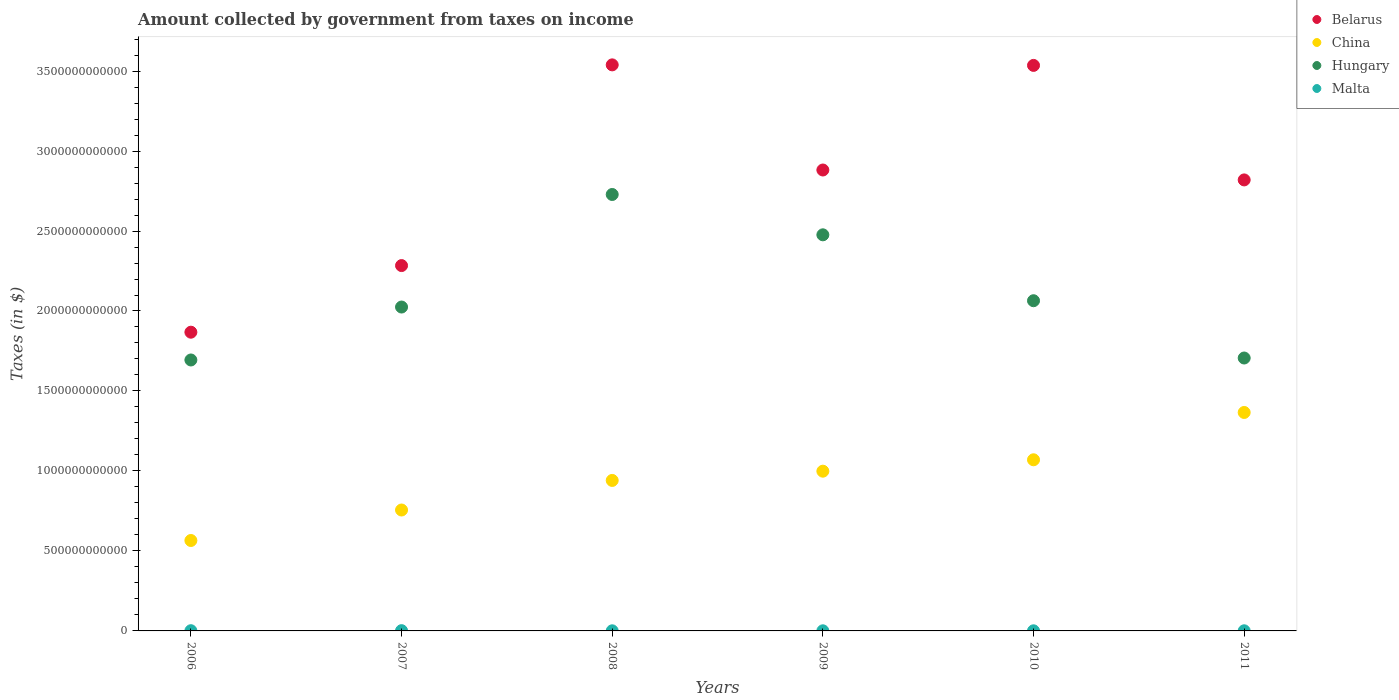
| Years | Belarus | China | Hungary | Malta |
 | --- | --- | --- | --- | --- |
 | 2006 | 1.87e+12 | 5.65e+11 | 1.69e+12 | 1.36e+09 |
 | 2007 | 2.28e+12 | 7.56e+11 | 2.02e+12 | 1.61e+09 |
 | 2008 | 3.54e+12 | 9.41e+11 | 2.73e+12 | 7.17e+08 |
 | 2009 | 2.88e+12 | 9.99e+11 | 2.48e+12 | 7.59e+08 |
 | 2010 | 3.54e+12 | 1.07e+12 | 2.06e+12 | 7.7e+08 |
 | 2011 | 2.82e+12 | 1.37e+12 | 1.71e+12 | 8.11e+08 |